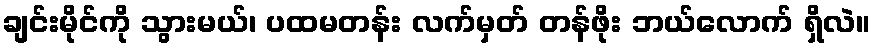
ချင်းမိုင်ကို သွားမယ်၊ ပထမတန်း လက်မှတ် တန်ဖိုး ဘယ်လောက် ရှိလဲ။